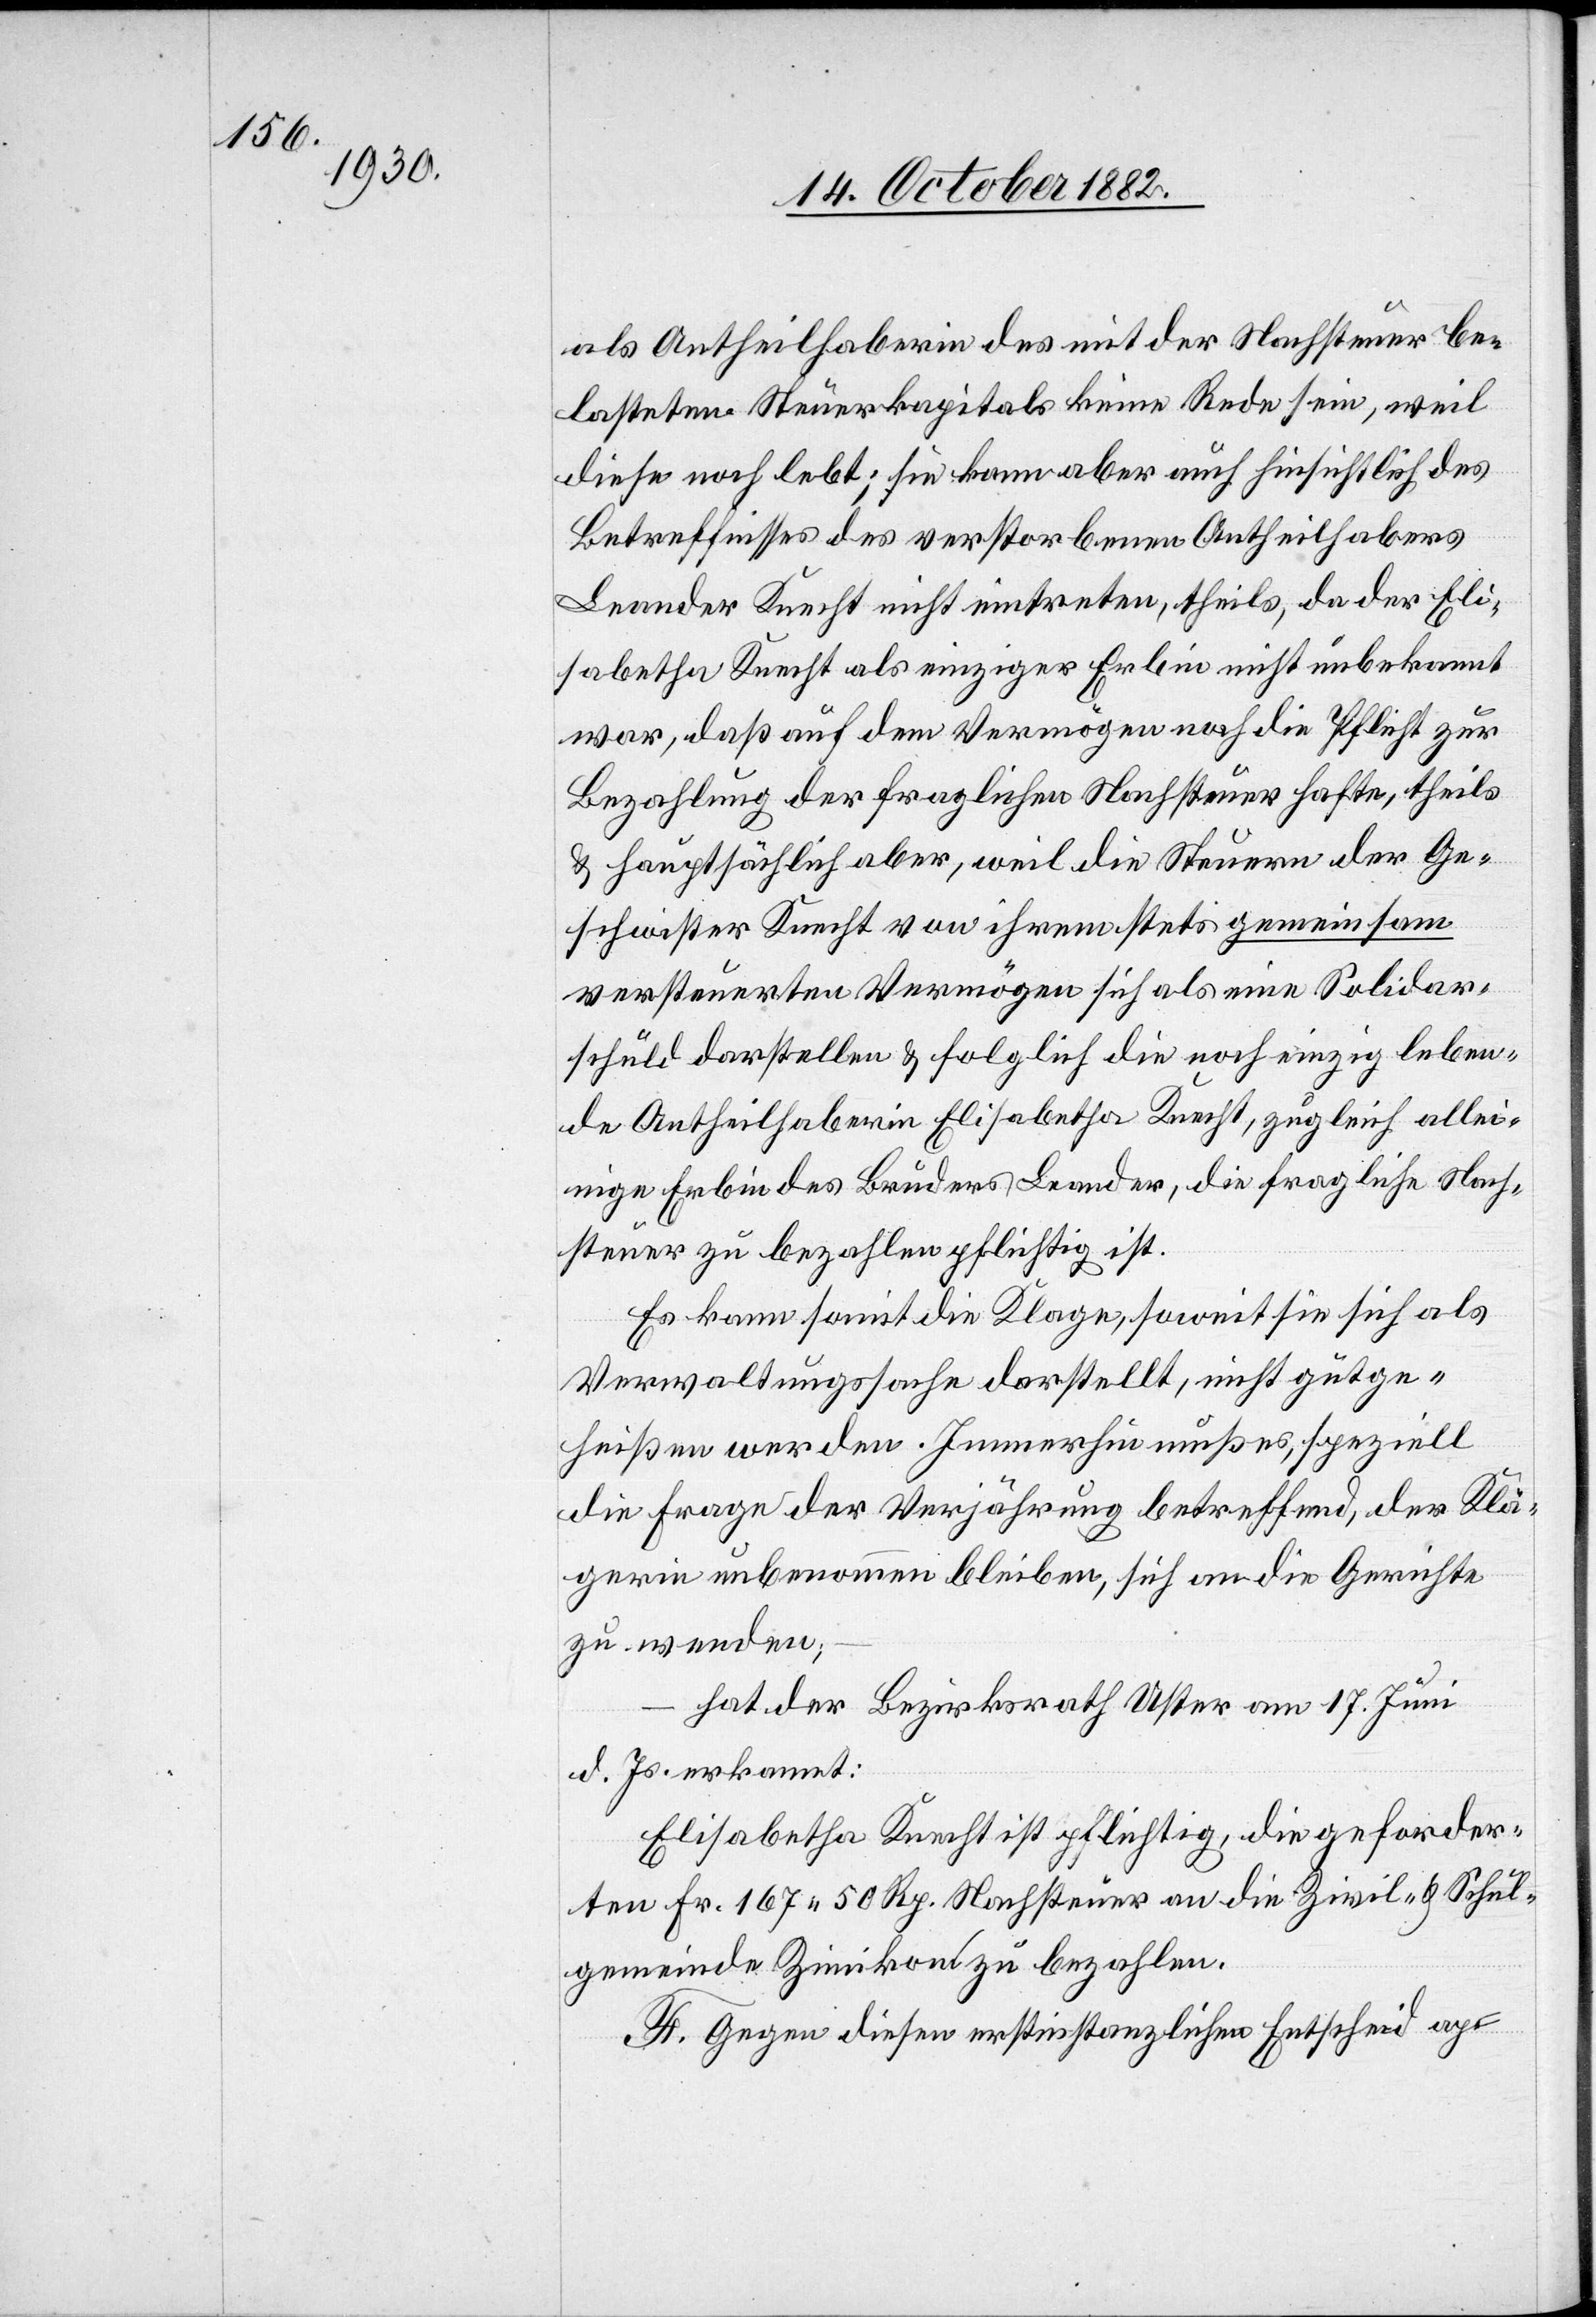
als Antheilhaberin des mit der Nachsteuer be¬
lasteten Steuerkapitals keine Rede sein, weil
diese noch lebt; sie kann aber auch hinsichtlich des
Betreffnisses des verstorbenen Antheilhabers
Leander Knecht nicht eintreten, theils, da der Eli¬
sabetha Knecht als einziger Erbin nicht unbekannt
war, daß auf dem Vermögen noch die Pflicht zur
Bezahlung der fraglichen Nachsteuer hafte, theils
& hauptsächlich aber, weil die Steuern der Ge¬
schwister Knecht von ihrem stets gemeinsam
versteuerten Vermögen sich als eine Solidar¬
schuld darstellen & folglich die noch einzig leben¬
de Antheilhaberin Elisabetha Knecht, zugleich allei¬
nige Erbin des Bruders Leander, die fragliche Nach¬
steuer zu bezahlen pflichtig ist.
Es kann somit die Klage, soweit sie sich als
Verwaltungssache darstellt, nicht gutge¬
heißen werden. Immerhin muß es, speziell
die Frage der Verjährung betreffend, der Klä¬
gerin unbenommen bleiben, sich an die Gerichte
zu wenden;
hat der Bezirksrath Uster am 17. Juni
d. Js. erkannt:
Elisabetha Knecht ist pflichtig, die geforder¬
ten Fr. 167 50 Rp. Nachsteuer an die Zivil- & Schul¬
gemeinde Zimikon zu bezahlen.
F: Gegen diesen erstinstanzlichen Entscheid ap-